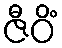
ဇီဝိံ